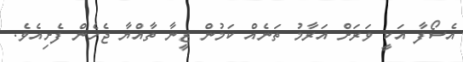
އެސޯފާ އަކީ ވަރަށް އަރާމު ތަނެއް ކަމުން ޒީނާ ތާއްޔާ ޖެހެން ފެށިއެވެ.